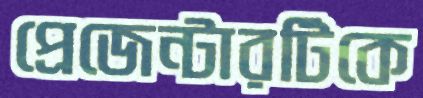
প্রেজেন্টারটিকে